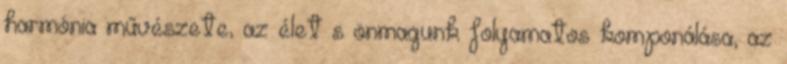
harmónia művészete, az élet s önmagunk folyamatos komponálása, az